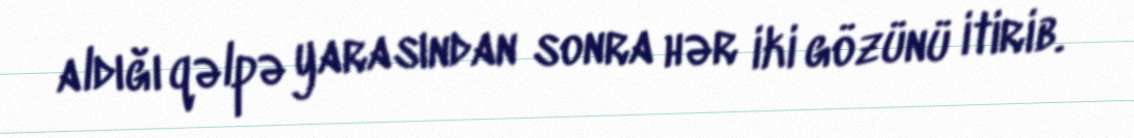
aldığı qəlpə yarasından sonra hər iki gözünü itirib.